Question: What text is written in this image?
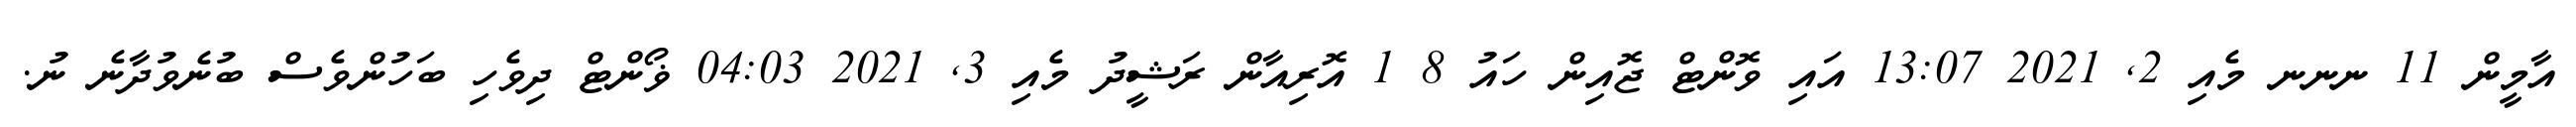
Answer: އާމީން 11 ނނނ މެއި 2, 2021 13:07 އައި ވޮންޓް ޖޮއިން ހައު 8 1 އޮރިއާން ރަޝީދު މެއި 3, 2021 04:03 ޥޯންޓް ދިވެހި ބަހުންވެސް ބުނެވުދާނެ ނު.